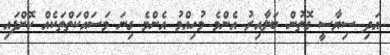
އަދި ސިޔާސީ ގޮތުން ބަލާއިރު އެންމެ މުހިއްމު އެންމެ ގިނަ މަސައްކަތްތަކެއް ކޮށްފައި